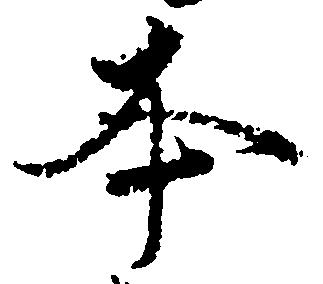
本